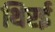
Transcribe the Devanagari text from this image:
थिरई